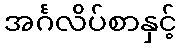
အင်္ဂလိပ်စာနှင့်